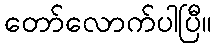
တော်လောက်ပါပြီ။